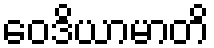
ဝေဒိယာမာတိ